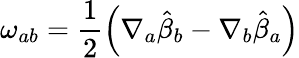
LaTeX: \omega_{ab}=\frac{1}{2}\left(\nabla_{a}{\hat{\beta}_{b}}-\nabla_{b}{\hat{\beta}_{a}}\right)